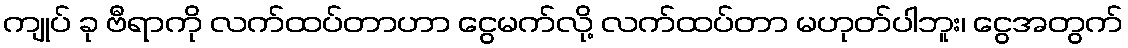
ကျုပ် ခု ဗီရာကို လက်ထပ်တာဟာ ငွေမက်လို့ လက်ထပ်တာ မဟုတ်ပါဘူး၊ ငွေအတွက်